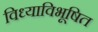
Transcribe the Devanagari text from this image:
विध्याविभूषित